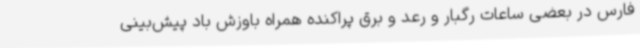
فارس در بعضی ساعات رگبار و رعد و برق پراکنده همراه باوزش باد پیش‌بینی